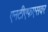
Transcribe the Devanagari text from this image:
एनटीएफएसवर